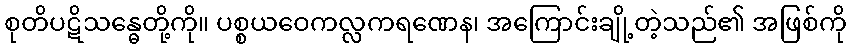
စုတိပဋိသန္ဓေတို့ကို။ ပစ္စယဝေကလ္လကရဏေန၊ အကြောင်းချို့တဲ့သည်၏ အဖြစ်ကို